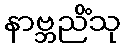
နာဗ္ဘညိံသု